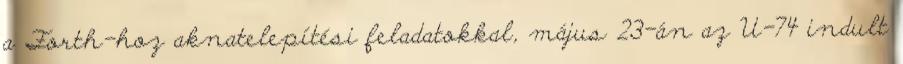
a Forth-hoz aknatelepítési feladatokkal, május 23-án az U-74 indult